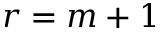
r = m + 1